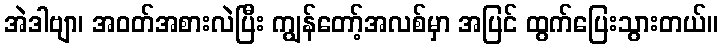
အဲဒါဗျာ၊ အဝတ်အစားလဲပြီး ကျွန်တော့်အလစ်မှာ အပြင် ထွက်ပြေးသွားတယ်။